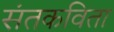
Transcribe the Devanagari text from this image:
संतकविता